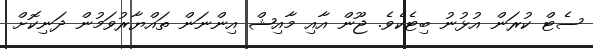
ސެޓް ކުރަން އުޅުނު ބިޓެކެވެ. ޖޫން އާއި މާއިޝް އިންނަން ތައްޔާރުވަމުން ދަނިކޮށް